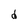
Character: d